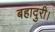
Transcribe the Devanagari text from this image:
बहादुरी।